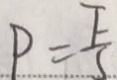
P = \frac { F } { S }